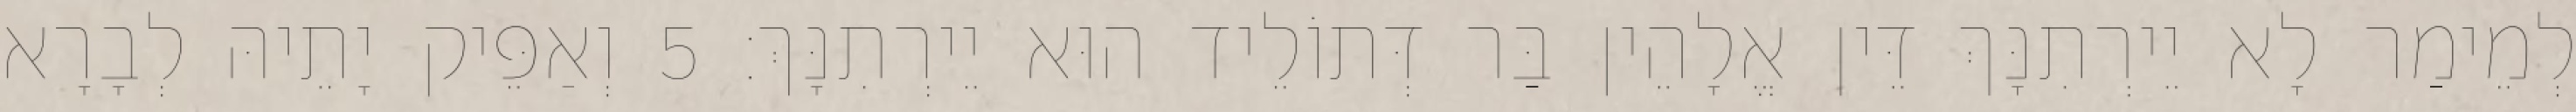
לְמֵימַר לָא יֵירְתִנָּךְ דֵּין אֱלָהֵין בַּר דְּתוֹלֵיד הוּא יֵירְתִנָּךְ׃ 5 וְאַפֵּיק יָתֵיהּ לְבָרָא